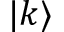
| k \rangle